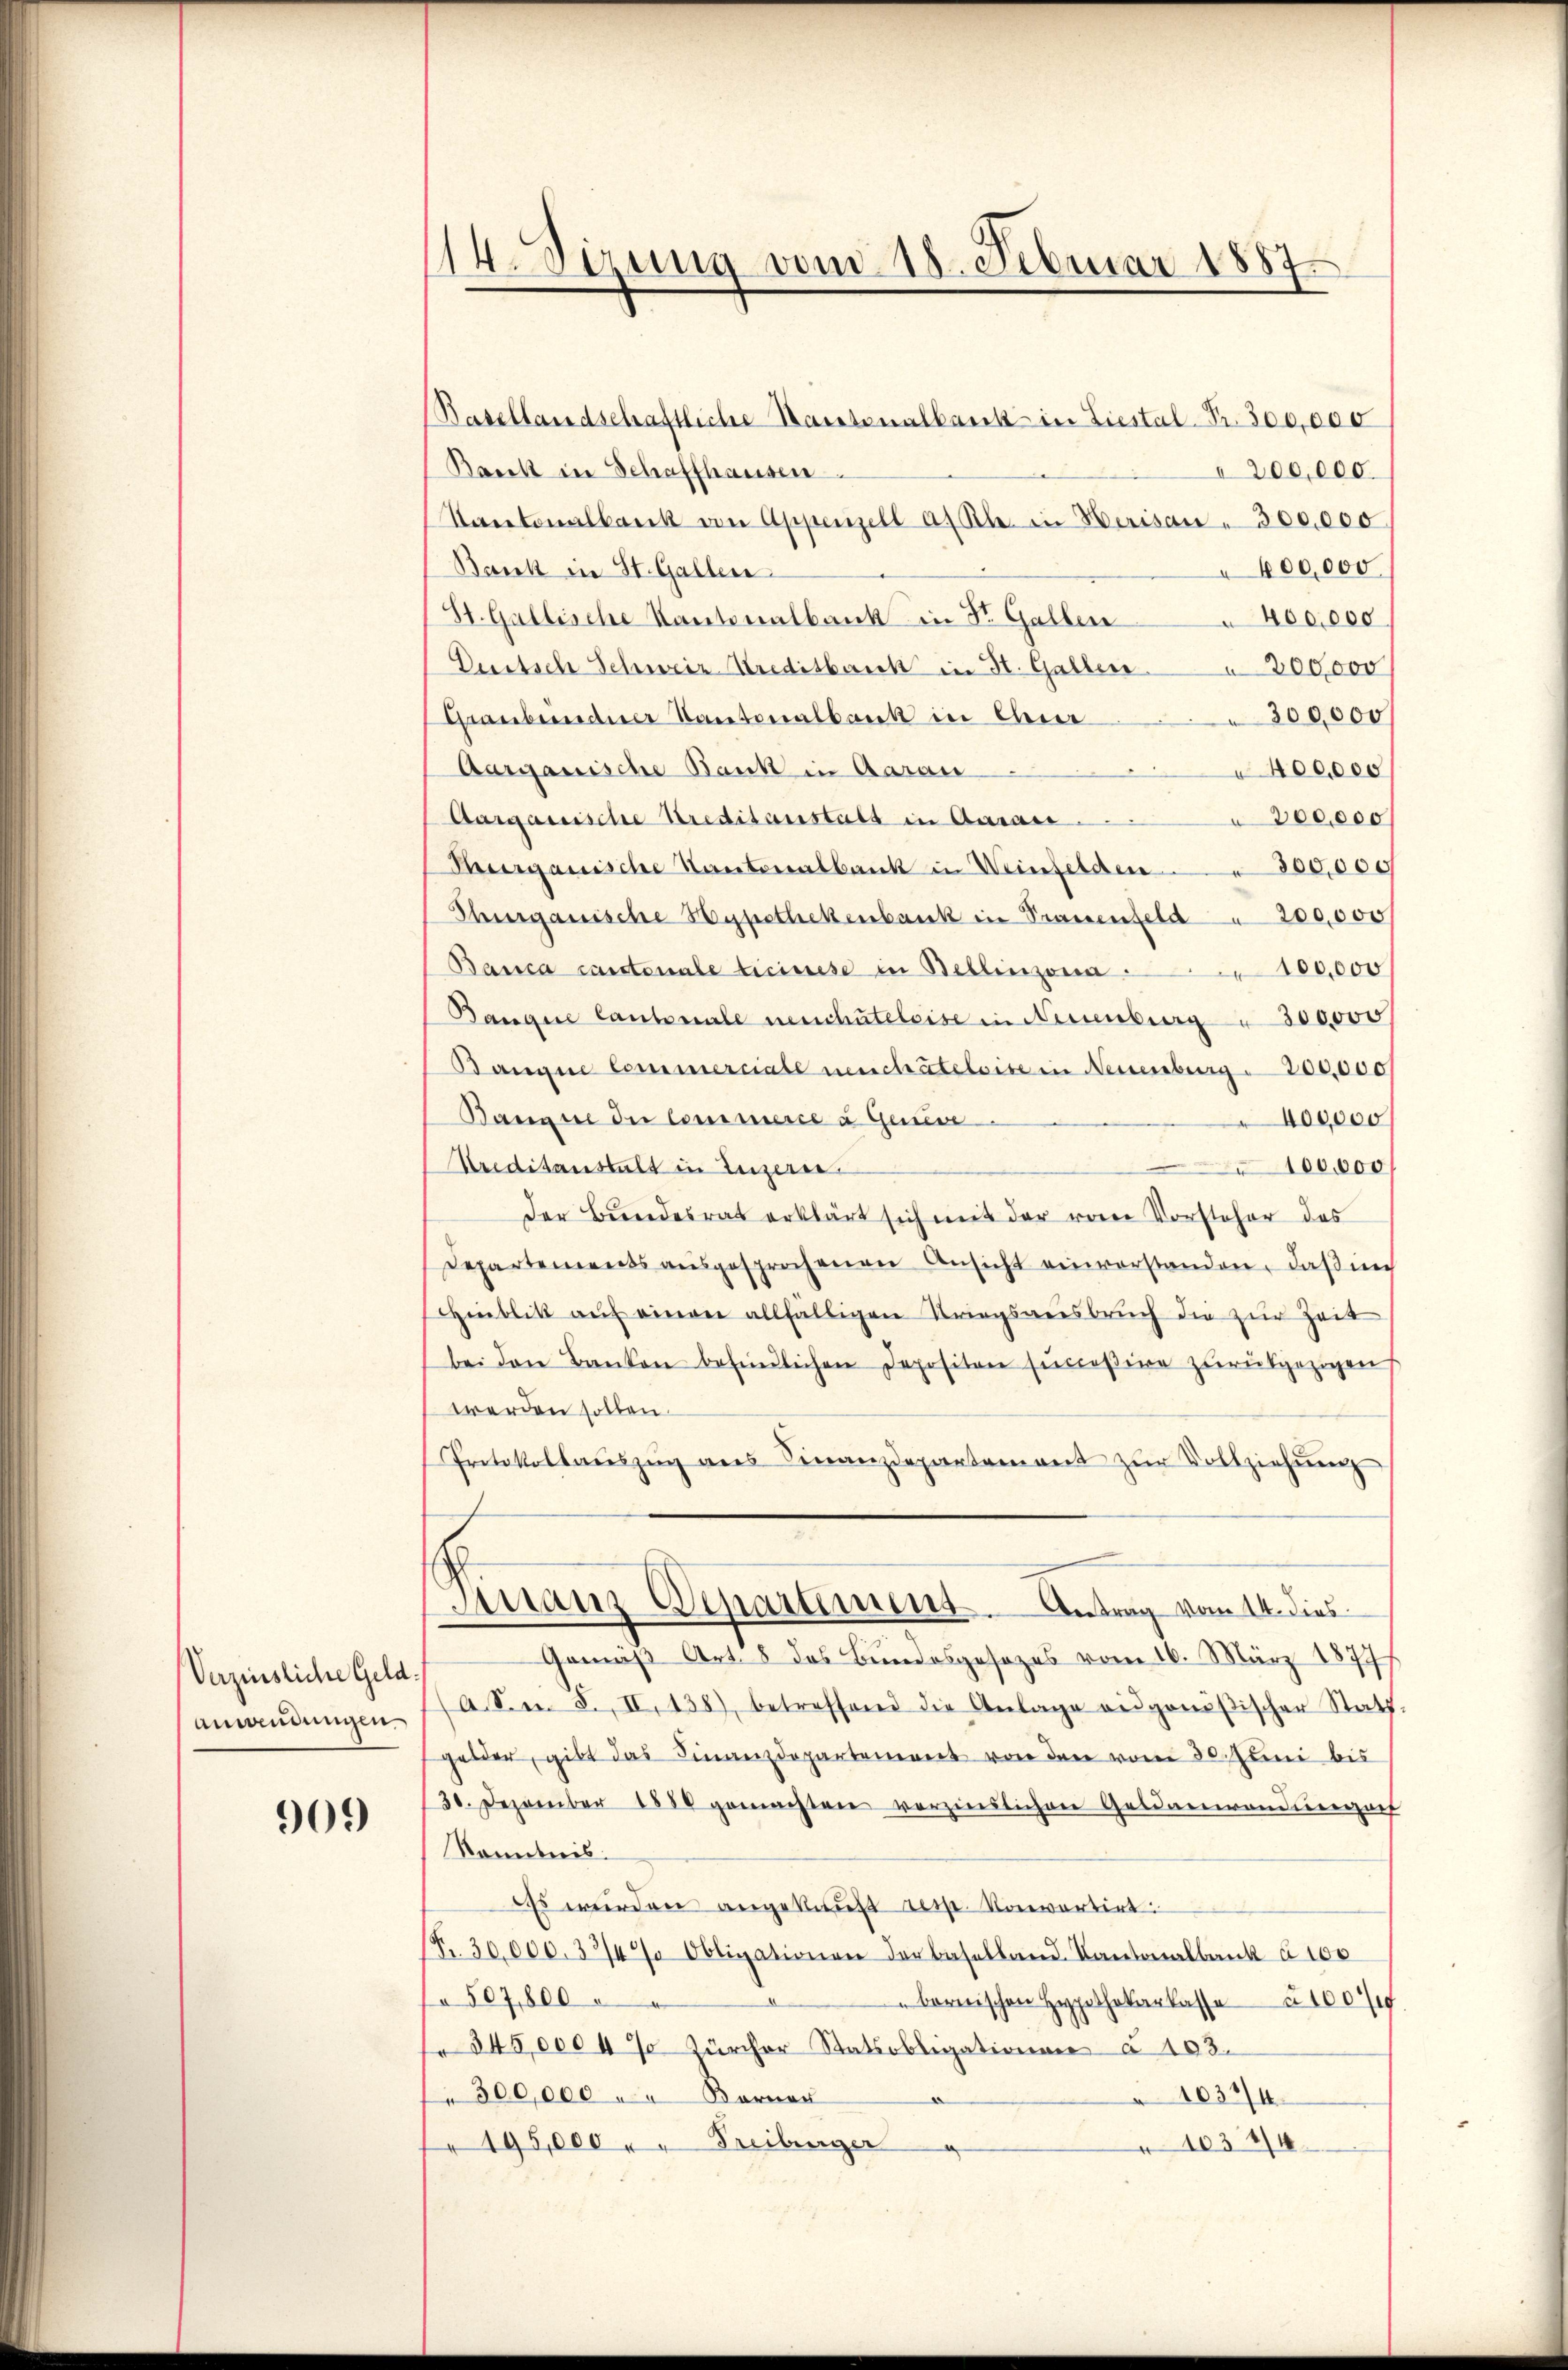
Verzinsliche Geldanwendungen.

909

14. Sizung vom 18. Februar 1887

Basellandschaftliche Hausenalbank in Liestal-Pr. 300,000
Baeck in Schaffhausen
200,000.
Kantonalbank von Appenzell a. Rh. in Herisau - 300,000
Bank in St. Gallen
600,000.
St. Gallische Kantonalbank in Dr. Gallen
400,000
Dustsch Schweiz Kreditberich in St. Gallen 300,000
300,000
Graubündner Kantonalbank in Aner
Aarganische Bank in Aarau
400,000
Aarganische Kreditanstalt in Aaraić
a 200,000
Thurgauische Kantonalbank in Weinfelden 300,000
Thurgauische Hypothekenbank in Trauenfeld u 200,000
Banca cantenale Ticinese in Bellinzona 100,000
Banque Cantonale neuchateleise in Neuenburg " 300,000
Banque Commerciale neuchâteloise in Neuenburg. 200,000
Banane der Commerce à Gener
400000
Ureditanstalt in Luzern
100,000
der Bundesrat erklärt sich mit der von Vorsteher des
Departements aŭsgesprochenen Ansicht einverstanden, daßner
Hinblik auf einen allfälligen Kriegsweisbruch die zur Zeit
bei den Banken befindlichen Depositon succeßive zurückgezogen
werden sollen.
Protokollaŭszŭg ans Finanzdepartement zŭr Vollziehŭng
Finanz Departiment. Antrag vom 14. dies
Gemäß Art. 8 das Bundesgesezes vom 16. März 1877
A. S. 8. II. 438), betreffend die Anlage ausgenößischer Statt.
gelder, gibt das Finanzdepartement von den vom 30. Juni bis
30. Dezember 1880 gemachten verzinslichen Geldammandieneran
Konntnis.
s würden angekaŭft resp. Konvertirt.
F. 30,000. 33/4% Obligationen der Baselland. Kantonalbank à 100
à 507,800
bernischen Hypothekarkasse 100
" 345,000 4% Zürcher Ratsobligationen à 103.
300,000 " " Bornar
1037/4
1032/4
" 195,000 " " Freiburger